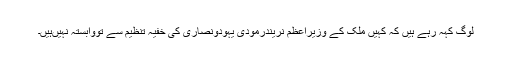
لوگ کہہ رہے ہیں کہ کہیں ملک کے وزیراعظم نریندرمودی یہودونصاریٰ کی خفیہ تنظیم سے تووابستہ نہیںہیں۔